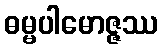
ဓမ္မပါမောဇ္ဇဿ